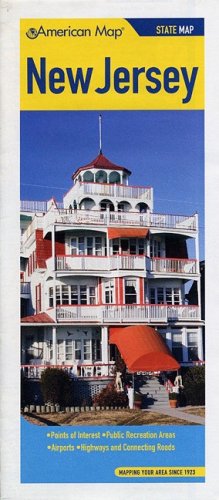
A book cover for New Jersey State Map (American Map); Travel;